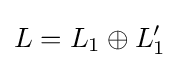
L=L_{1}\oplus L_{1}'